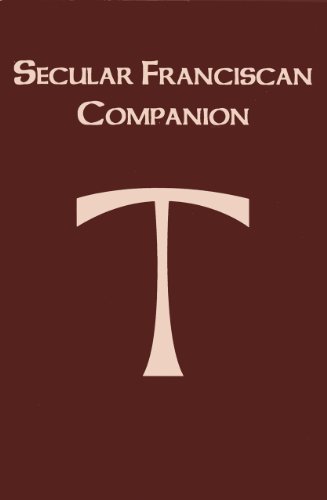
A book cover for The Secular Franciscan Companion; Christian Books & Bibles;